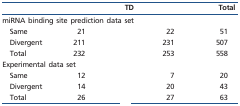
<table><thead><tr><td>[EMPTY_CELL]</td><td>[EMPTY_CELL]</td><td><b>TD</b></td><td>[EMPTY_CELL]</td><td><b>Total</b></td></tr></thead><tbody><tr><td colspan="5">miRNA binding site prediction data set</td></tr><tr><td>Same</td><td>21</td><td>[EMPTY_CELL]</td><td>22</td><td>51</td></tr><tr><td>Divergent</td><td>211</td><td>[EMPTY_CELL]</td><td>231</td><td>507</td></tr><tr><td>Total</td><td>232</td><td>[EMPTY_CELL]</td><td>253</td><td>558</td></tr><tr><td colspan="5">Experimental data set</td></tr><tr><td>Same</td><td>12</td><td>[EMPTY_CELL]</td><td>7</td><td>20</td></tr><tr><td>Divergent</td><td>14</td><td>[EMPTY_CELL]</td><td>20</td><td>43</td></tr><tr><td>Total</td><td>26</td><td>[EMPTY_CELL]</td><td>27</td><td>63</td></tr></tbody></table>